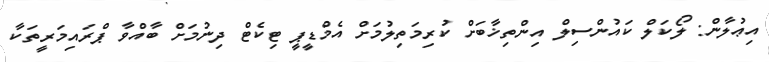
އިޢުލާން: ލޯކަލް ކައުންސިލް އިންތިޚާބަށް ކުރިމަތިލުމަށް އެމްޑީޕީ ޓިކެޓް ދިނުމަށް ބާއްވާ ޕްރައިމަރީތަކާ